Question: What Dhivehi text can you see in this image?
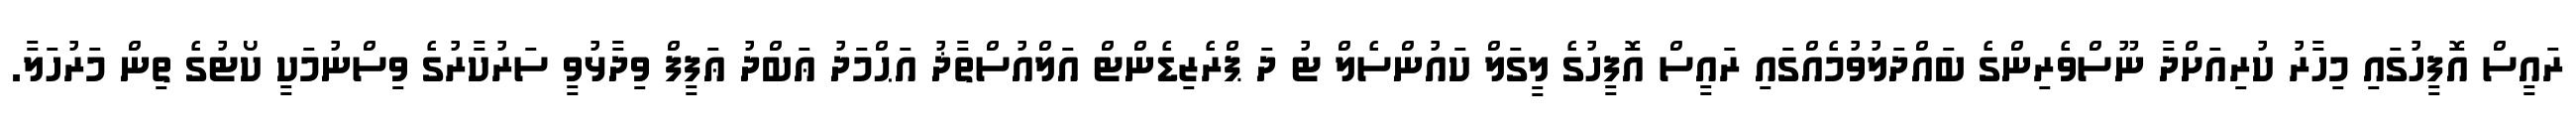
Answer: ރައީސް އޮފީހުގައި މިހާރު ކުރިއަށްދާ ނޫސްވެރިންގެ ބައްދަލުވުމެއްގައި ރައީސް އޮފީހުގެ ލީގަލް ކައުންސެލް ޓު ދަ ޕްރެޒިޑެންޓް އަލްއުސްތާޛު އަޙްމަދު ޢަބްދު ޢަފީފް ވިދާޅުވީ ސަރުކާރުގެ ވިސްނުމަކީ ކޯޓުގެ ތިން މަރުހަލާ.